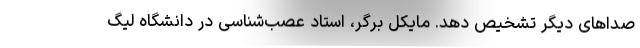
صداهای دیگر تشخیص دهد. مایکل برگر، استاد عصب‌شناسی در دانشگاه لیگ